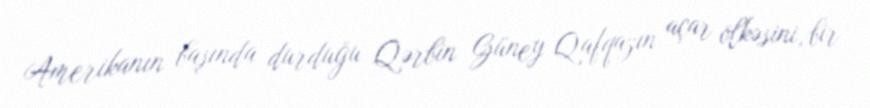
Amerikanın başında durduğu Qərbin Güney Qafqazın açar ölkəsini, bir